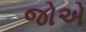
જોએ